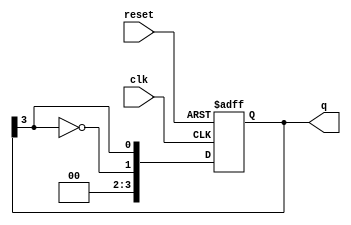
module johnson_counter #(
    parameter N = 4  // Number of flip-flops
)(
    input wire clk,     // Clock signal
    input wire reset,   // Asynchronous reset signal
    output reg [N-1:0] q // Output state of the counter
);

    always @(posedge clk or posedge reset) begin
        if (reset) begin
            q <= 0; // Initialize to 0 on reset
        end else begin
            // Johnson counter logic
            q <= {~q[N-1], q[N-1:N-1]}; // Shift and invert the last bit
        end
    end

endmodule